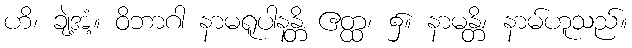
ဟိ၊ ချဲ့အံ့။ ဝိဘာဂါ နာမရူပါနန္တိ ဧတ္ထ၊ ၌။ နာမန္တိ၊ နာမ်ဟူသည်။